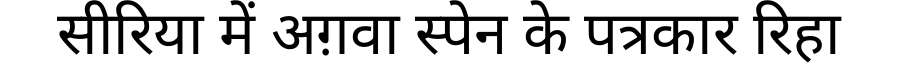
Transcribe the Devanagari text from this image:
सीरिया में अग़वा स्पेन के पत्रकार रिहा